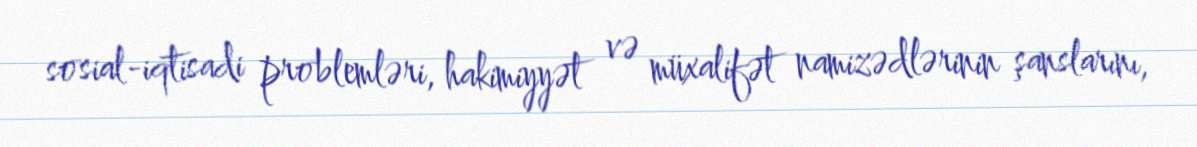
sosial-iqtisadi problemləri, hakimiyyət və müxalifət namizədlərinin şanslarını,